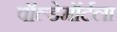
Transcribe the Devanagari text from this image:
वॉल्डेमॉर्टला